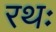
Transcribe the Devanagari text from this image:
रथः